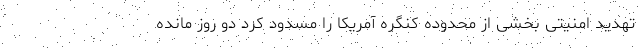
تهدید امنیتی بخشی از محدوده کنگره آمریکا را مسدود کرد دو روز مانده